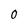
Character: 0